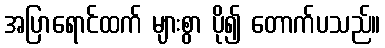
အပြာရောင်ထက် များစွာ ပို၍ တောက်ပသည်။